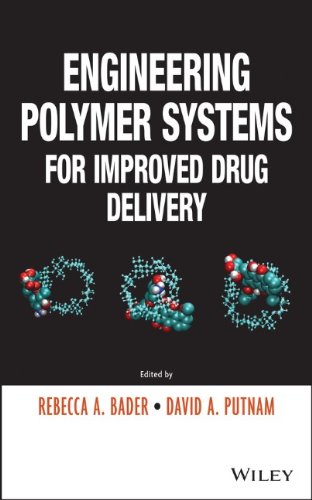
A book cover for Engineering Polymer Systems for Improved Drug Delivery; Rebecca A. Bader; Medical Books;